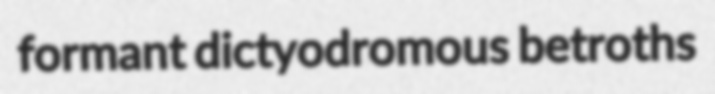
formant dictyodromous betroths